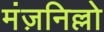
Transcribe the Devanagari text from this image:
मंज़निल्लो